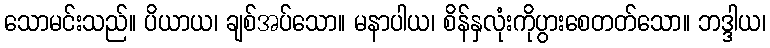
သောမင်းသည်။ ပိယာယ၊ ချစ်အပ်သော။ မနာပါယ၊ စိန်နှလုံးကိုပွားစေတတ်သော။ ဘဒ္ဒါယ၊